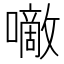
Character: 𰉂